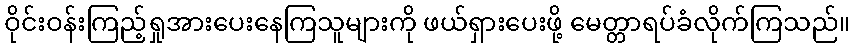
ဝိုင်းဝန်းကြည့်ရှုအားပေးနေကြသူများကို ဖယ်ရှားပေးဖို့ မေတ္တာရပ်ခံလိုက်ကြသည်။